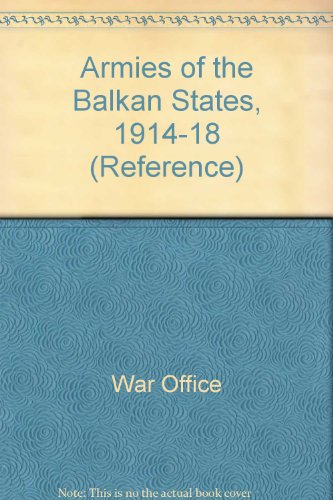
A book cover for Armies of the Balkan States, 1914-18 (Reference); War Office; History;